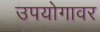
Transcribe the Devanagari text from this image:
उपयोगावर